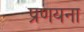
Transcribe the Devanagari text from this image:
प्रणयना